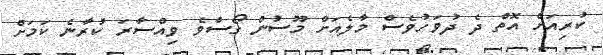
ކުރިއަށް އޮތް ދެ ދުވަހުވެސް މާލެއަށް މޫސުން ގޯސްވެ ވިއްސާރަ ކުރާނެ ކަމަށް